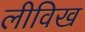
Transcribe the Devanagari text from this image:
लीविख